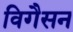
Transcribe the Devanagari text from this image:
विगैसन